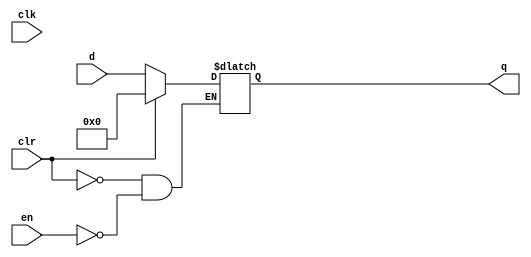
module Reg32(input clr, clk, en, input[31:0] d, output reg[31:0] q);
    always @*
		begin
			if(clr)
				q <= 32'h00000000;
			else if(en)
				q <= d;
		end
endmodule